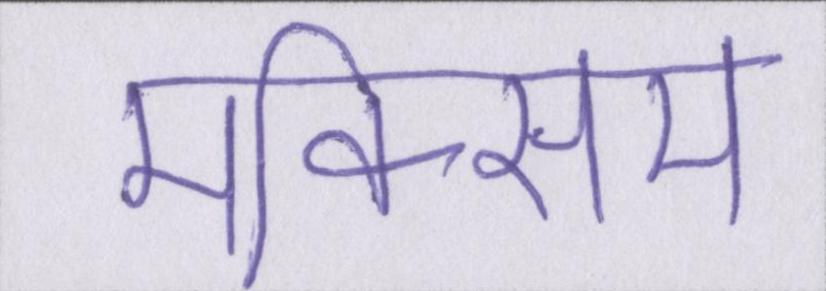
मैक्सिम